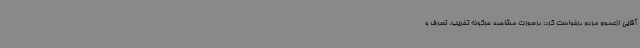
آقایی ازعموم مردم درخواست کرد: درصورت مشاهده هرگونه تخریب، تصرف و